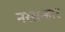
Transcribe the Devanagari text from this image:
नरसन्हार